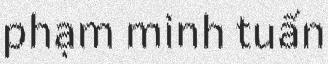
phạm minh tuấn